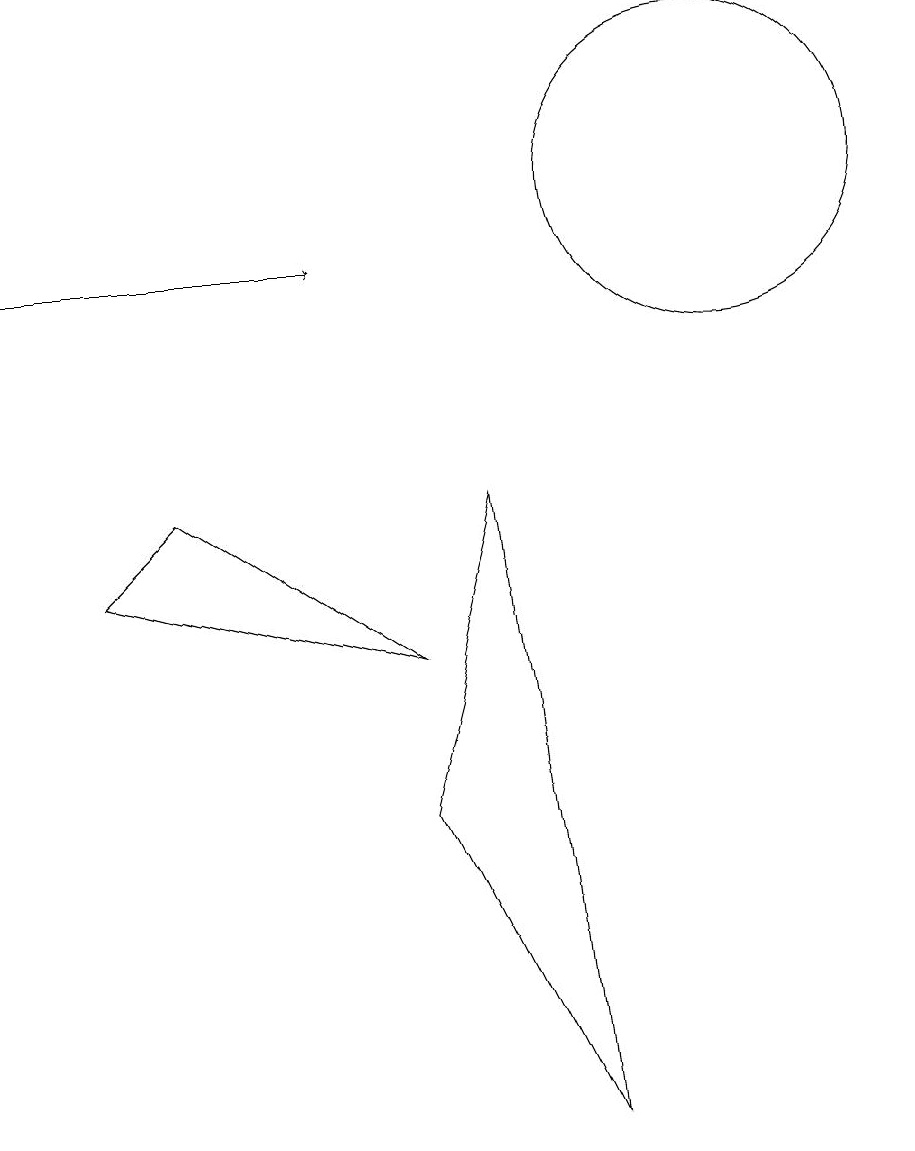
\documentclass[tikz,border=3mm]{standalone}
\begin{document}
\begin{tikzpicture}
\draw (11,12) circle (2);
\draw[->] (2,11) -- (6,11);
\draw (9,0) -- (7,4) -- (8,8) -- cycle;
\draw (3,7) -- (4,8) -- (7,6) -- cycle;
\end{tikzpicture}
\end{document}